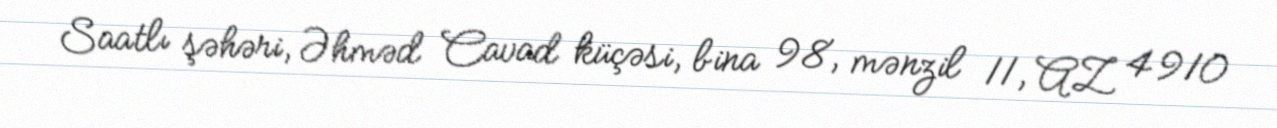
Saatlı şəhəri, Əhməd Cavad küçəsi, bina 98, mənzil 11, AZ 4910